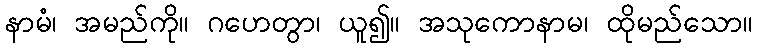
နာမံ၊ အမည်ကို။ ဂဟေတွာ၊ ယူ၍။ အသုကောနာမ၊ ထိုမည်သော။